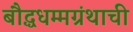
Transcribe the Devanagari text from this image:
बौद्धधम्मग्रंथाची